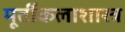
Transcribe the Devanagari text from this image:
मूर्तीकलाशास्त्र